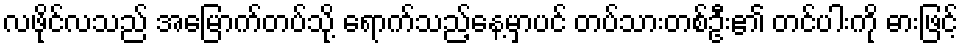
လဖိုင်လသည် အမြောက်တပ်သို့ ရောက်သည့်နေ့မှာပင် တပ်သားတစ်ဦး၏ တင်ပါးကို ဓားဖြင့်